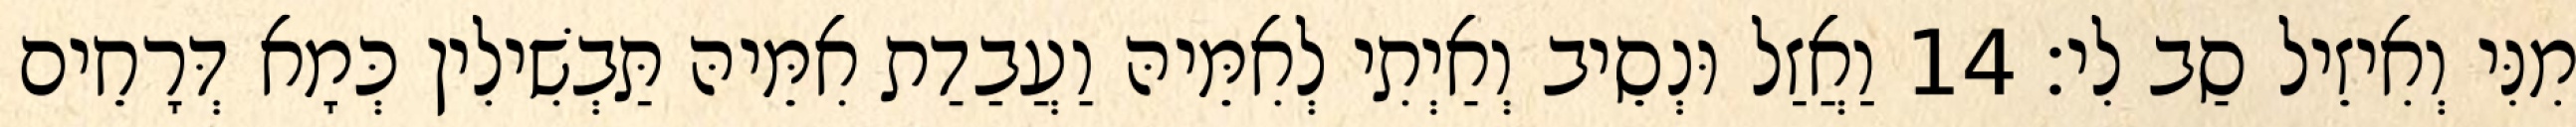
מִנִּי וְאִיזֵיל סַב לִי׃ 14 וַאֲזַל וּנְסֵיב וְאַיְתִי לְאִמֵּיהּ וַעֲבַדַת אִמֵּיהּ תַּבְשִׁילִין כְּמָא דְּרָחֵים